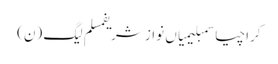
کراچیاسمبلیمیاں نواز شریفمسلم لیگ (ن)